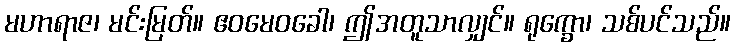
မဟာရာဇ၊ မင်းမြတ်။ ဧဝမေဝခေါ၊ ဤအတူသာလျှင်။ ရုက္ခော၊ သစ်ပင်သည်။